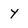
Character: Y